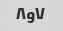
۷و۸